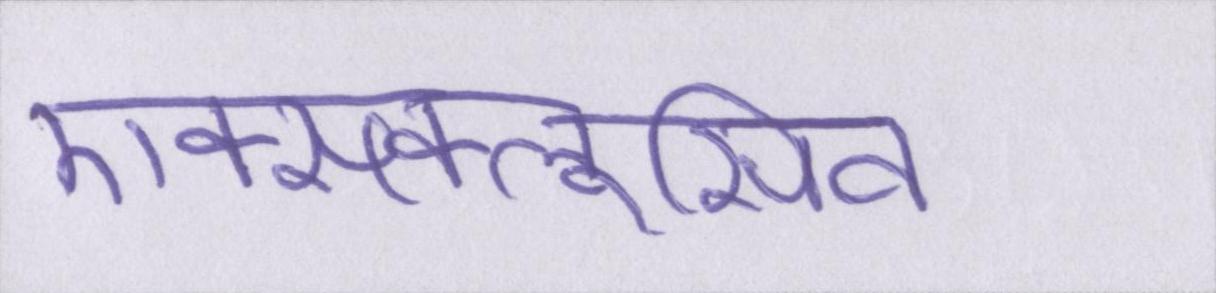
एक्सक्लूसिव